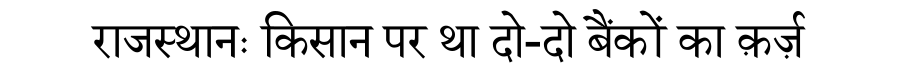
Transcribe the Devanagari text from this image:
राजस्थानः किसान पर था दो-दो बैंकों का क़र्ज़